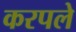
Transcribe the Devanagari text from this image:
करपले